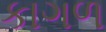
કાગળ